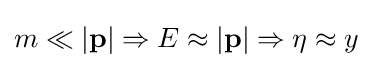
m\ll |\mathbf {p} |\Rightarrow E\approx |\mathbf {p} |\Rightarrow \eta \approx y